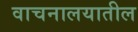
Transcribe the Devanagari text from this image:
वाचनालयातील